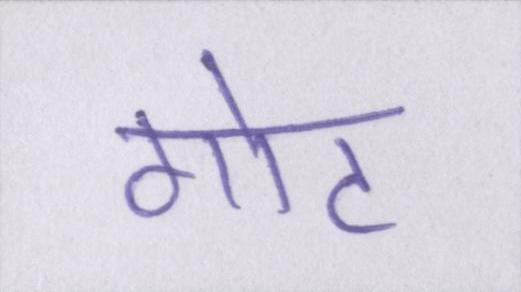
गोट